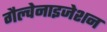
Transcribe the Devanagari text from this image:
गैल्वेनाइजेशन